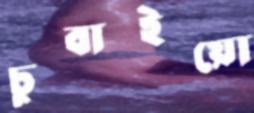
চুবাইয়ো